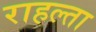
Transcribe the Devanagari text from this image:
राहल्ता